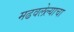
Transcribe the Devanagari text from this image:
मढवलेल्याचा